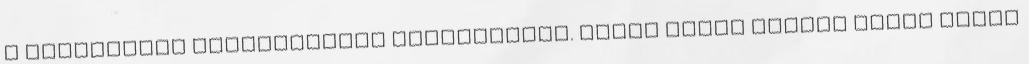
a háromkilós kategóriával foglalkozik. Abban pedig vegyen dízel Alfát